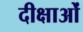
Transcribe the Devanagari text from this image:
दीक्षाओं